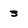
Character: 3